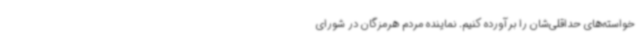
خواسته‌های حداقلی‌شان را برآورده کنیم. نماینده مردم هرمزگان در شورای